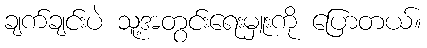
ချက်ချင်းပဲ သူ့အတွင်းရေးမှူးကို ပြောတယ်။